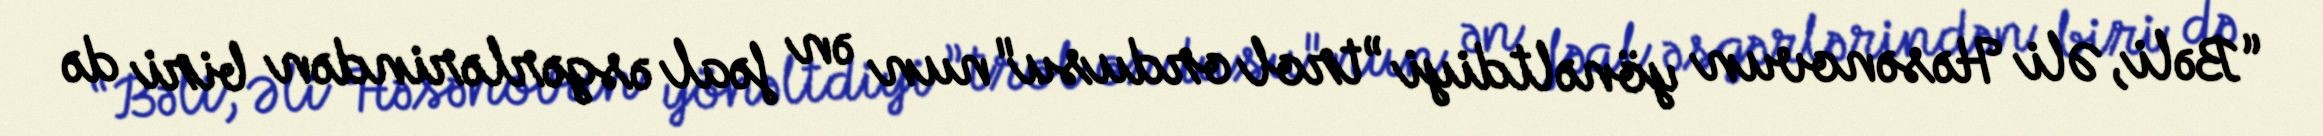
“Bəli, Əli Həsənovun yönəltdiyi ”trol ordusu"nun ən fəal əsgərlərindən biri də